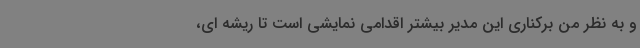
و به نظر من برکناری این مدیر بیشتر اقدامی نمایشی است تا ریشه ای،